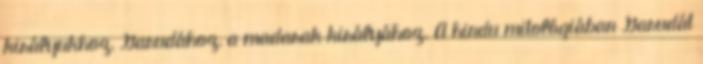
királyukhoz, Garudához, a madarak királyához. A hindu mitológiában Garudát